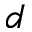
d